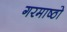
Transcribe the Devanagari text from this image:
गरमाष्ठो